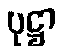
ပုဋ္ဌာ